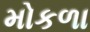
મોકળા